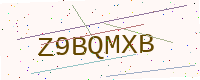
Text: Z9BQMXB